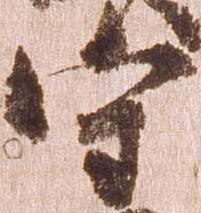
守